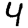
Digit: 4